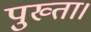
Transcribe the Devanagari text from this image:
पुख्ता।